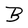
Character: B